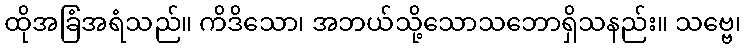
ထိုအခြံအရံသည်။ ကိဒိသော၊ အဘယ်သို့သောသဘောရှိသနည်း။ သဗ္ဗေ၊